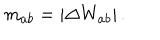
LaTeX: m _ { a b } = \left| \Delta W _ { a b } \right| .